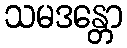
သမဒန္တော